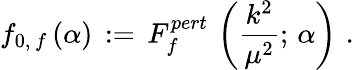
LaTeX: f_{0,\, f}\, (\alpha)\, :=\, F_{f}^{pert}\, \left(\frac{k^{2}}{\mu^{2}};\, \alpha\right)\, \, .